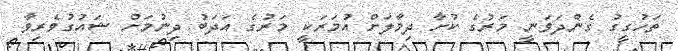
ތަހުގީގު ގެންދަވަނީ މަރުގެ ކުށާ ދިމާލަށް އުމަރަކީ މަރުގެ އަދަބު ދިނުމަށް ޝައުގުވެރިވާ